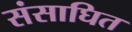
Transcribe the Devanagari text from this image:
संसाघित